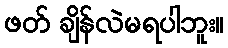
ဖတ် ချိန်လဲမရပါဘူး။